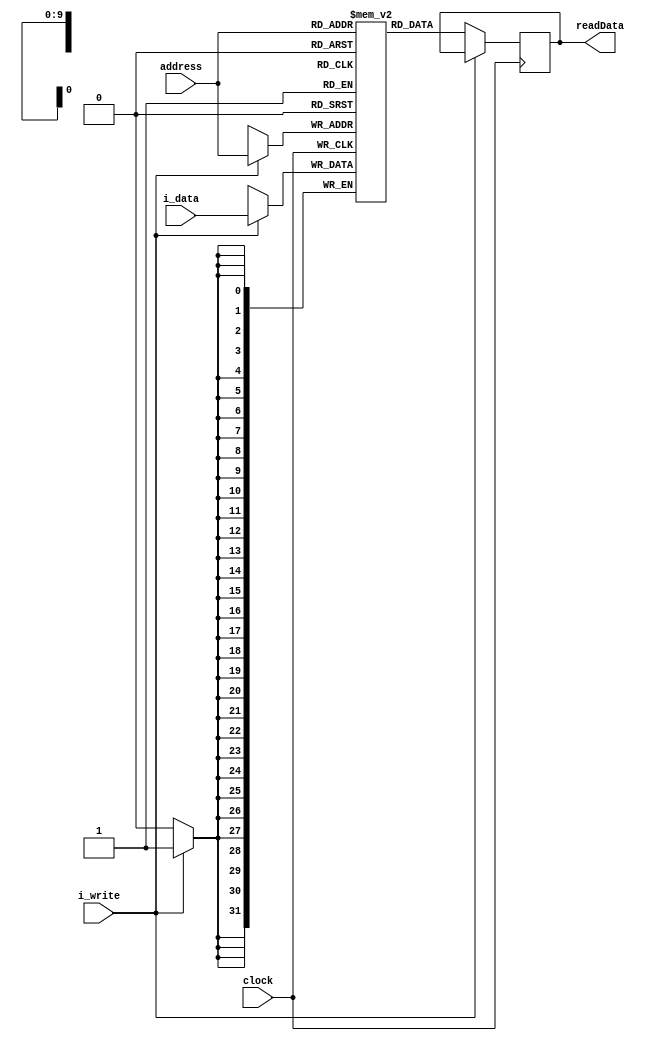
module sram #(parameter ADDR_WIDTH = 10, DATA_WIDTH = 32, DEPTH = 1024) (
    input wire clock,
    input wire [ADDR_WIDTH-1:0] address, 
    input wire i_write,
    input wire [DATA_WIDTH-1:0] i_data,
    output reg [DATA_WIDTH-1:0] readData 
    );
    
    reg [DATA_WIDTH-1:0] memory_array [0:DEPTH-1];

    initial begin
//Fibonacci Series
 memory_array[0]  = 32'h01100F13;
 memory_array[1]  = 32'h00000E33;
 memory_array[2]  = 32'h000003B3;
 memory_array[3]  = 32'h00000333;
 memory_array[4]  = 32'h00100313;
 memory_array[5]  = 32'h000382B3;
 memory_array[6]  = 32'h001E0E13;    
 memory_array[7]  = 32'h006283B3;   // main instruction
 memory_array[8]  = 32'hFFCF02E3;
 memory_array[9]  = 32'h001E7E93;
 memory_array[10] = 32'hFE0E86E3;
 memory_array[11] = 32'h00038333;
 memory_array[12] = 32'hFE9FF0EF;
    end
    
    always @ (posedge clock)
    begin
        if(i_write) begin
            memory_array[address] <= i_data;
        end
        else begin
            readData <= memory_array[address];
        end     
    end
endmodule